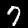
Label: 7